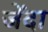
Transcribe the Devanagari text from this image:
जेंदा